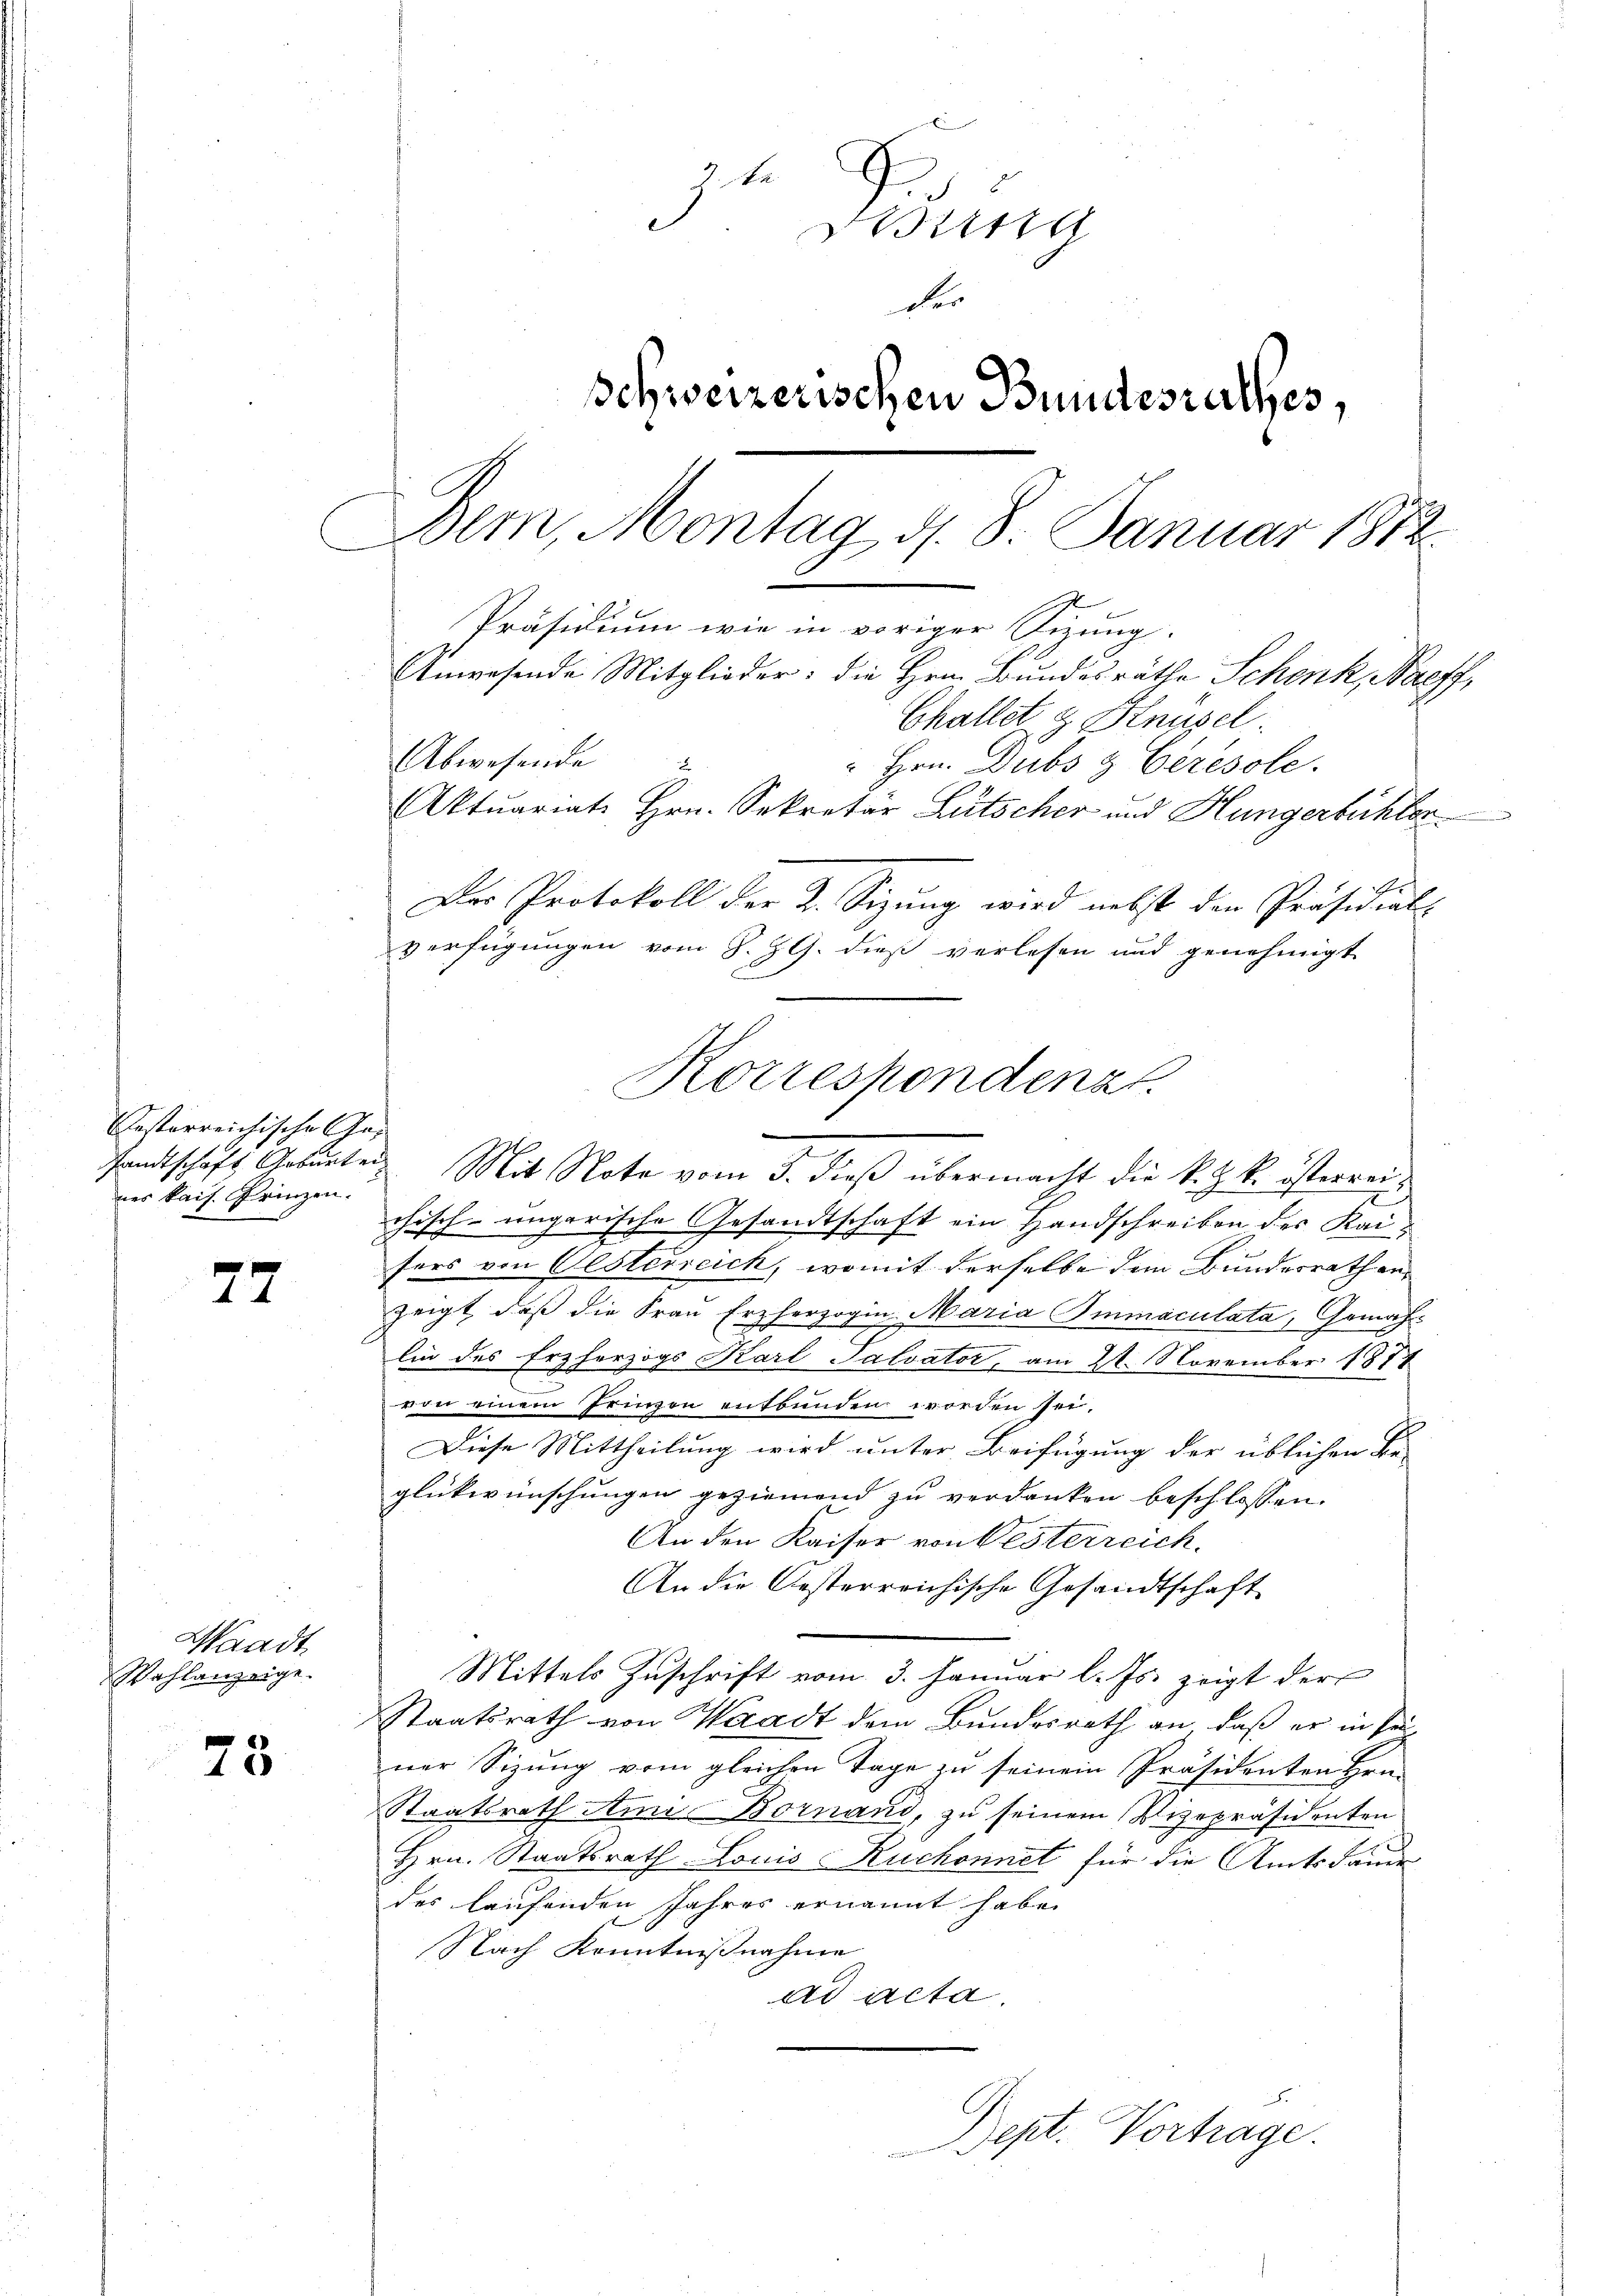
festerreichische Ge-
nes kais. Prinzen.

77

Waadt,
Wahlanzeige.

75

7.
drung
der
Schweizerischen Bundesrathes,
Bem, Montag d. 8. Januar 1812
Präsidium wie in voriger Sitzung.
Anwesende Mitglieder: die Hrn. Bundesräthe Schenk, Naeff,
Challet g Knüsel
Abwesende
u
" Hrn. Dubs & Ceresole.
Aktuariat Hrn. Sekretär Lütscher und Hungerbüchler
Der Protokoll der 2. Sitzung wird nebst den Präsidial-
verfügungen vom 8. ZG. dieß verlesen und genehmigt

sandtschaft Arbeiten Mit Note vom 5. dieß übermacht die K. Z. k. österreichisch-ungarische Gesandtschaft ein Handschreiben des Kaisers von Gesterreich, womit derselbe dem Bundesrathen
zeigt, daß die Frau Erzherzogin Maria Immaculata, Gemäh-
lin des Erzherzogs Karl Salvator, am 21. November 1871
von einem Irinen entbunden worden sei.
Diese Mittheilung wird unter Beifügung der üblichen Be-
glückwünschungen geziemend zu verdanken beschlossen.
An den Kaiser von Besterreich
An die Oesterreichische Gesandtschaft
Mittels Zuschrift vom 3. Januar l. Js. zeigt der
Staatsrath von Waadt dem Bundesrath an, daß er in sei
ner Sizung vom gleichen Tage zu seinem Präsidenten Hrn.
Staatsrath Ami Bornand, zu seinem Vizepräsidenten
Hrn. Staatsrath Louis Ruchonnet für die Amtsdaue
des laufenden Jahres ernannt habe.
Nach Kenntnißnahme
ad acta.

Korrespondenz

n
Dept. Vortrage.